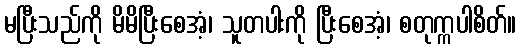
မပြီးသည်ကို မိမိပြီးစေအံ့၊ သူတပါးကို ပြီးစေအံ့၊ စတုက္ကပါစိတ်။